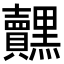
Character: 𮮟